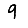
Digit: 9